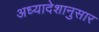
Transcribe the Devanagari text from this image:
अध्यादेशानुसार